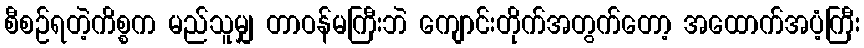
စီစဉ်ရတဲ့ကိစ္စက မည်သူမျှ တာဝန်မကြီးဘဲ ကျောင်းတိုက်အတွက်တော့ အထောက်အပံ့ကြီး